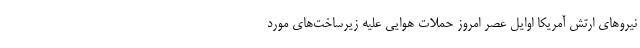
نیروهای ارتش آمریکا اوایل عصر امروز حملات هوایی علیه زیرساخت‌های مورد